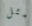
مثل